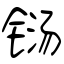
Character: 铴